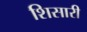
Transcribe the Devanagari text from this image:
शिसारी